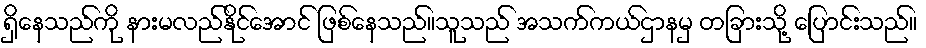
ရှိနေသည်ကို နားမလည်နိုင်အောင် ဖြစ်နေသည်။သူသည် အသက်ကယ်ဌာနမှ တခြားသို့ ပြောင်းသည်။